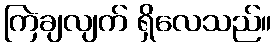
ကြဲချလျက် ရှိလေသည်။